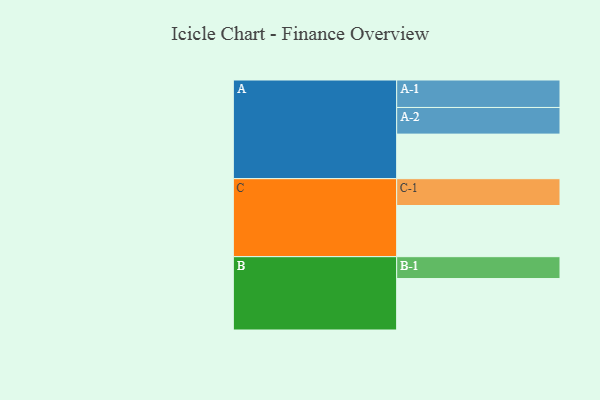
{"axis": {"x": "Segment", "y": "Value"}, "legend": ["", "A", "B", "C"], "data": [{"x": "A", "y": 485, "type": ""}, {"x": "B", "y": 560, "type": ""}, {"x": "C", "y": 557, "type": ""}, {"x": "A-1", "y": 299, "type": "A"}, {"x": "A-2", "y": 290, "type": "A"}, {"x": "B-1", "y": 238, "type": "B"}, {"x": "C-1", "y": 292, "type": "C"}]}